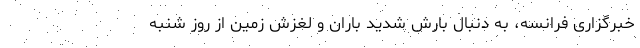
خبرگزاری فرانسه، به دنبال بارش شدید باران و لغزش زمین از روز شنبه